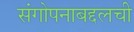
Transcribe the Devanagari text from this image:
संगोपनाबद्दलची